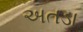
અતડા